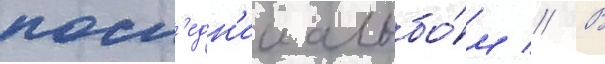
посл'едн'ии альбо́м // В